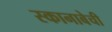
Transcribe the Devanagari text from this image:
स्कानाबेची